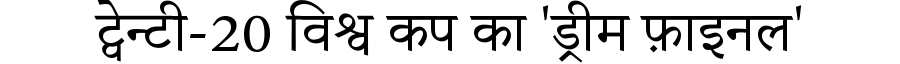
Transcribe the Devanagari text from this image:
ट्वेन्टी-20 विश्व कप का 'ड्रीम फ़ाइनल'